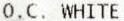
O.C. WHITE